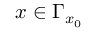
x \in \Gamma _ { x _ { 0 } }